Civil Veterinary Department Bihar & Orissa reports 1922-29 - 1922-1929
Year: 1922
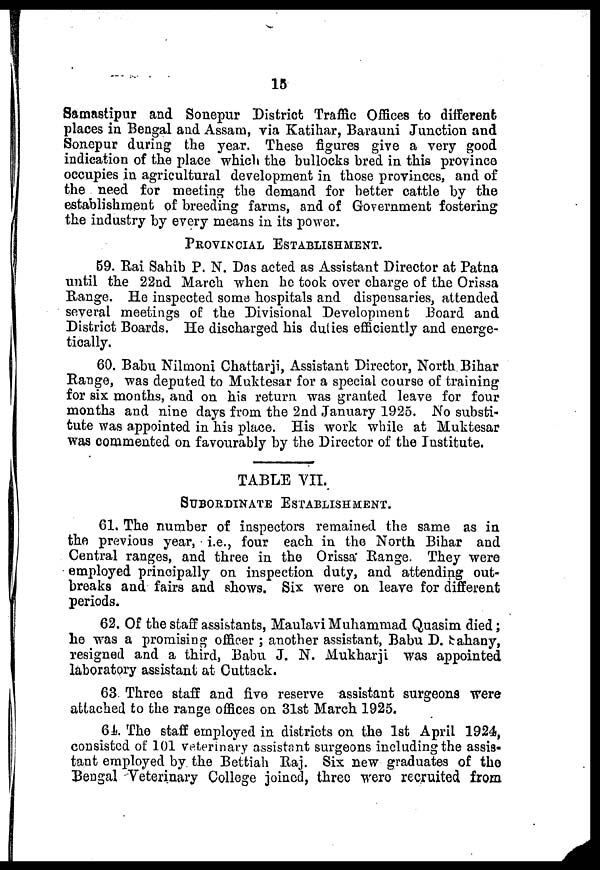
15
Samastipur and Sonepur District Traffic Offices to different;
places in Bengal and Assam, via Katihar, Barauni Junction and
Sonepur during the year. These figures give a very good
indication of the place which the bullocks bred in this province
occupies in agricultural development in those provinces, and of
the need for meeting the demand for better cattle by the
establishment of breeding farms, and of Government fostering
the industry by every means in its power.
PROVINCIAL ESTABLISHMENT.
59. Rai Sahib P. N. Das acted as Assistant Director at Patna
until the 22nd March when he took over charge of the Orissa
Range. He inspected soma hospitals and dispensaries, attended
several meetings of the Divisional Development Board and
District Boards. He discharged his duties efficiently and energe-
tically.
60. Babu Nilmoni Chattarji, Assistant Director, North Bihar
Range, was deputed to Muktesar for a special course of training
for six months, and on his return was granted leave for four
month3 and nine days from the 2nd January 1925. No substi-
tute was appointed in his place. His work while at Muktesar
was commented on favourably by the Director of the Institute.
TABLE VII.
SUBORDINATE ESTABLISHMENT.
61. The number of inspectors remained the same as in
the previous year, i.e., four each in the North Bihar and
Central ranges, and three in the Orissa Range. They were
employed principally on inspection duty, and attending out-
breaks and fairs and shows. Six were on leave for different
periods.
62. Of the staff assistants, Maulavi Muhammad Quasim died;
he was a promising officer ; another assistant, Babu D. Sahany,
resigned and a third, Babu J. N. Mukharji was appointed
laboratory assistant at Cuttack.
63 Three staff and five reserve assistant surgeons were
attached to the range offices on 31st March 1925.
64 The staff employed in districts on the 1st April 1924,
consisted of 101 veterinary assistant surgeons including the assis-
tant employed by the Bettiah Raj. Six new graduates of the
Bengal Veterinary College joined, three were recruited from